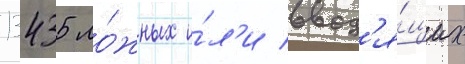
13435 ло́жных и́л'и ввод'я́щих